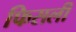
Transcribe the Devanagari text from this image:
फिसली